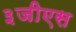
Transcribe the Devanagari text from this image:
३जीएस